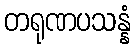
တရုဏပသန္နံ